Vaccination in Burma 1920-1933 - 1920-1933
Year: 1920
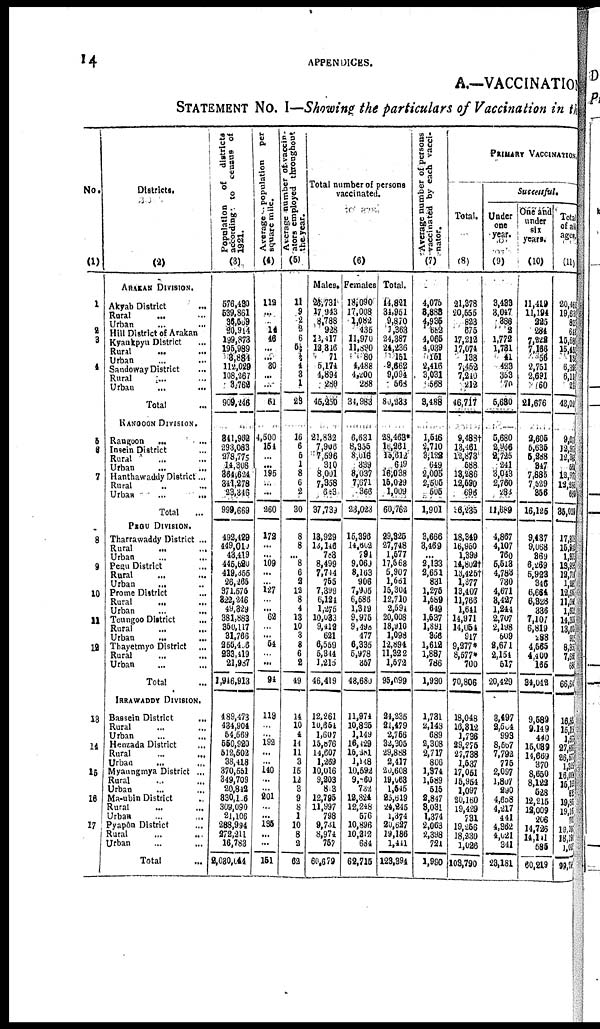
14
APPENDICES.
A.—VACCINATION
STATEMENT No. I—Showing the particulars of Vaccination in the
No.
(1)
1
2 3
4
5
6
7
8
9
10
11
12
13
14
15
16
Districts.
(2)
ARAKAN DIVISION.
Akyab District ...
Rural
...
...
Urban
...
...
Hill District of Arakan
Kyankpyu District ...
Rural
...
...
Urban
...
..
Sandoway District
...
Rural
... ...
Urban ... ...
Total ...
RANGOON DIVISION.
Rangoon
...
...
Insein District ...
Rural
...
...
Urban
...
...
Hanthawaddy District...
Rural ... ...
Urban
...
...
Total ...
PEGU DIVISION.
Tharrawaddy District ...
Rural
...
... ...
Urban
...
... ...
Pegu District ...
Rural
... ...
Urban
... ...
Prome District ...
Rural
... ...
Urban
...
...
Toungoo District ...
Rural ... ...
Urban
... ...
Thayetmyo District ...
Rural ... ...
Urban ... ...
Total ...
IRRAWADDY DIVISION.
Bassein District ...
Rural ... ...
Urban ... ...
Henzada District ...
Rural ... ...
Urban ... ...
Myanngmya District ...
Rural ... ...
Urban ... ...
Ma-ubin District ...
Rural ... ...
Urban ... ...
Pyapôn District ...
Rural ... ...
Urban ... ...
Total ...
Population
of
districts
accordings to census of
1921.
(3)
576,430
539,861
36,569
20,914
199,873
195,989
3,884
112,029
108,267
3,762
909,246
841,962
293,083
278,775
14,308
364,624
341,278
23,346
999,669
492,429
449,010
43,419
445,620
419,355
26,265
371,575
322,246
49,329
381,883
350,117
31,766
255,436
233,419
21,987
1,94,913
489,473
434,904
54,569
550,920
512,502
38,418
370,551
349,709
20,842
830,106
309,090
21,106
288,994
272,211
16,783
2,030,044
Average population per
square mile.
(4)
112
...
... 14
46
...
... 30
...
...
61
4,500
154
...
...
195
...
...
260
172
...
...
109
...
...
127
...
... 62
...
... 54
...
...
94
119
...
...
192
...
...
140
...
...
201
...
...
135
...
...
151
Average number of vaccin-
ators employed throughout
the year.
(5)
11
9
2
2
6
5½
½ 4
3
1
23
16
6
6
1
8
6
2
30
8
8
... 8
6
2
12
8
4
13
10
3
8
6
2
49
14
10
4
11
11
3
15
12
3
9
8
1
10
8
2
62
Total number of persons
vaccinated.
(6)
Males.
26,731
17,943
8,788
928
12,417
12,816
71
5,174
4,894
286
46,250
21,833
7,906
7,596
310
8,001
7,358
683
37,739
13,929
13,146
783
8,499
7,744
755
7,399
6,124
1,275
10,033
9,412
621
6,559
6,344
1,215
46,419
12,261
10,664
1,607
15,876
14,607
1,269
10,016
9,203
813
12,795
11,997
798
9,731
8,974
757
60,679
Females
18,090
17,008
1,082
435
11,970
11,890
80
4,488
4,200
288
34,983
6,631
8,355
8,016
339
8,037
7,671
366
23,023
15,396
14,602
794
9,069
8,163
906
7,905
6,586
1,319
9,975
9,498
477
6,335
5,978
357
48,680
11,974
10,825
1,149
16,129
16, 281
1,148
10,592
9,260
732
12,824
12,248
576
10,896
10,212
684
62,715
Total.
14,821
34,951
9,870
1,363
24,387
24,236
151
9,662
9,094
568
80,233
23,463*
16,261
15,612
649
16,038
15,029
1,009
60,762
29,325
27,748
1,577
17,568
5,907
l,661
15,304
12,710
2,594
20,008
18,910
1,098
12,894
11,322
1,572
95,099
24,235
21,479
2,756
32,305
29,888
2,417
20,608
19,068
1,545
25,619
24,245
1,374
20,627
19,186
1,441
123,394
Average number of persons
vaccinated by each vacci-
-nator.
(7)
4,075
8,888
4,935 582
4,065
4,039
151
2,416
3,031
568
3,488
1,516
2,710
3,122
649
2,005
2,505
505
1,901
3,666
3,469
...
2,133
2,651
831
1,275
1,589
649
1,537
1,891
366
1,612
1,887
786
1,930
1,731
2,148
689
2,308
2,717
806
1,374
1,589
515
2,847
8,031
1,374
2,053
2,398
721
1,990
PRIMARY VACCINATION.
Total.
(8)
21,378
20,555
823
675
17,212
17,074
138
7,452
7,240
212
46,717
9,488†
13,161
12,873
588
13,286
12,590
696
36,235
18,349
16,960
1,399
l4,802†
13,425†
1,377
13,407
11,766
1,641
14,971
14,054
917
9,277*
8,577*
700
70,806
18,048
16,312
1,736
29,275
27,738
1,537
17,051
15,954
1,097
20,150
19,429
731
19,256
18,230
1,026
103,790
Successful.
Under
one
year.
(9)
3,433
3,047
386
2
1,772
1,731
41
423
363
70
5,630
5,680
2,966
2,725
241
3,043
2,760
283
11,589
4,867
4,107
760
5,518
4,783
730
4,671
8,427
1,244
2,707
2,198
609
2,671
2,154
517
20,429
3,497
2,504
993
8,567
7,792
775
2,097
1,807
290
4,658
4,217
441
4,362
4,021
341
23,181
One and
under
six
years.
(10)
11,419
11,194
225
284
7,222
7,166
356
2,751
2,691
160
21,676
2,605
5,635
5,288
347
7,885
7,529
856
16,125
9,437
9,068
869
6,269
5,923
346
6,664
6,328
336
7,107
6,819
288
4,565
4,400
165
34,042
9,582
9,149
440
15,089
14,669
370
8,650
8,122
528
12,215
12,009
206
14,726
14,141
585
60,219
Total
of all
ages.
(11)
20,468
19,638
823
648 15,585
15,453
185
6,395
6,112 21
43,010
9,07
12,97
12,385
581
12,97
12,286
689
35,019
17,81
15,94
1,87
13,99
12,71
1, 28
12,68
11,04
1,61
14,31
13,40
91
8,35
7,66
68
66, 64
16, 85
15,15
1, 678
27,891
26,577
1,325
16,00
15,165
83
19,85
19,161
70
19,137
18, 180
1,005
99,72